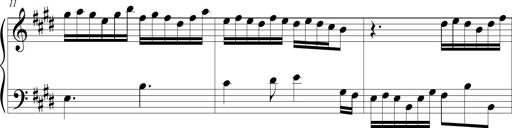
Title: Jousting Jocelyne
Composer: Michel Rondeau
Key: E major